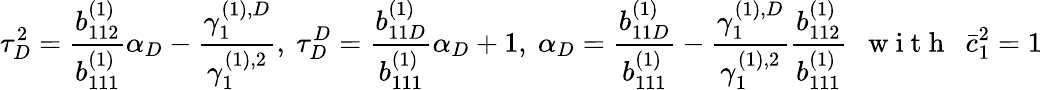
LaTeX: \tau_{D}^{2}=\frac{b_{112}^{(1)}}{b_{111}^{(1)}}\alpha_{D}-\frac{\gamma_{1}^{(1),D}}{\gamma_{1}^{(1),2}},\ \tau_{D}^{D}=\frac{b_{11D}^{(1)}}{b_{111}^{(1)}}\alpha_{D}+1,\ \alpha_{D}=\frac{b_{11D}^{(1)}}{b_{111}^{(1)}}-\frac{\gamma_{1}^{(1),D}}{\gamma_{1}^{(1),2}}\frac{b_{112}^{(1)}}{b_{111}^{(1)}}\mathrm{~~~w~i~t~h~~~}\bar{c}_{1}^{2}=1